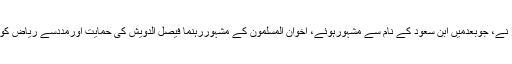
۱۹۰۲ء میں عبدالرحمن کے بیٹے عبدالعزیز نے، جوبعدمیں ابنِ سعود کے نام سے مشہورہوئے، اخوان المسلمون کے مشہوررہنما فیصل الدویش کی حمایت اورمددسے ریاض کوفتح کرکے آلِ سعود کی حکومت قائم کردی۔